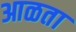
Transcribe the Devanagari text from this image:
आळता